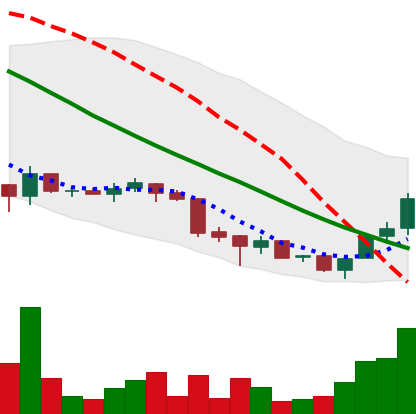
Ticker: ADA-USD
Chart end date: 2018-07-02
Forward return: -4.994%
Label: down_3_5